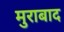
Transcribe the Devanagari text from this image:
मुराबाद